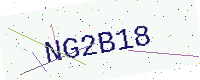
Text: NG2B18